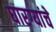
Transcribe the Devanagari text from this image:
घारग्यांचे